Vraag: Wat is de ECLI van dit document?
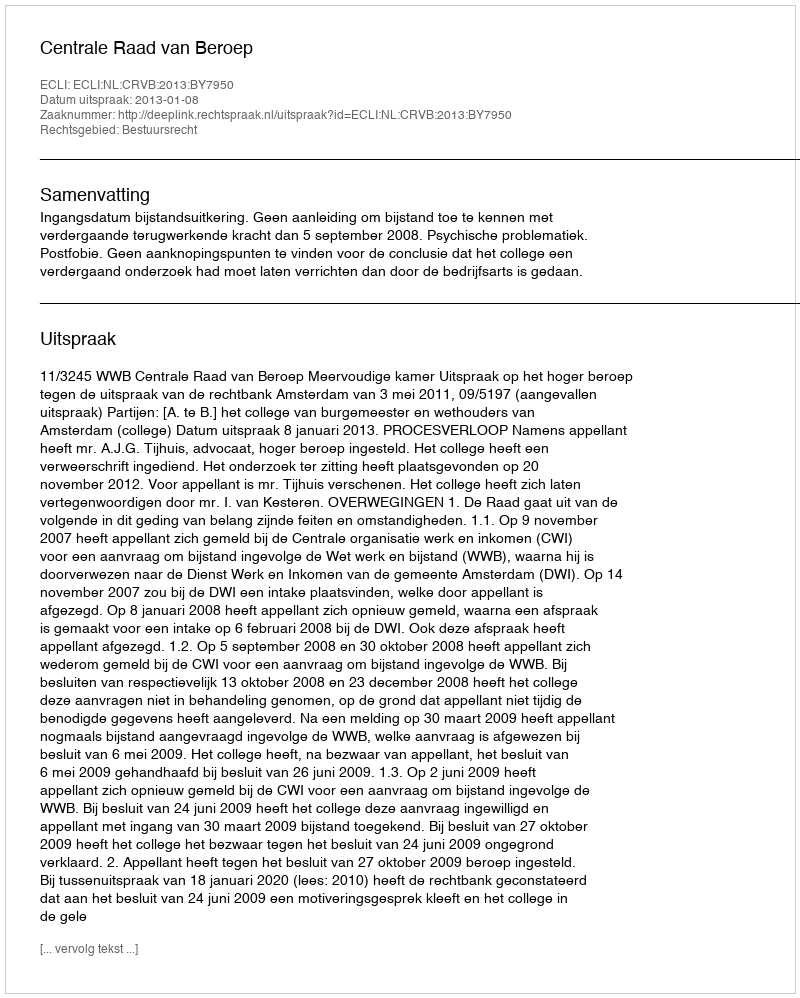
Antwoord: ECLI:NL:CRVB:2013:BY7950